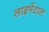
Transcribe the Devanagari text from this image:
लाइमेंटाल